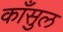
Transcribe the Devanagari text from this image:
काँसुल